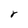
Character: r